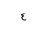
Letter: _ayn